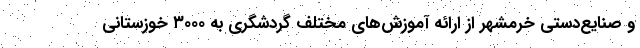
و صنایع‌دستی خرمشهر از ارائه آموزش‌های مختلف گردشگری به ۳۰۰۰ خوزستانی